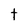
Character: t